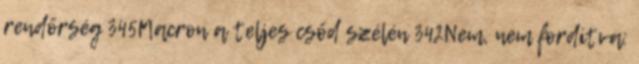
rendőrség 345Macron a teljes csőd szélén 342Nem, nem fordítva: